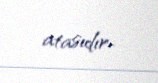
atasıdır..